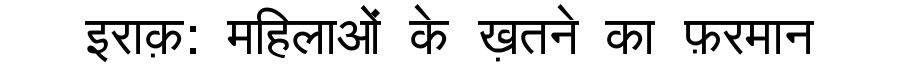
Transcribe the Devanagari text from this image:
इराक़: महिलाओं के ख़तने का फ़रमान